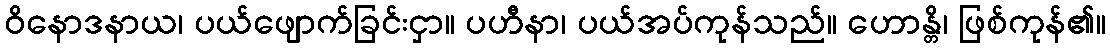
ဝိနောဒနာယ၊ ပယ်ဖျောက်ခြင်းငှာ။ ပဟီနာ၊ ပယ်အပ်ကုန်သည်။ ဟောန္တိ၊ ဖြစ်ကုန်၏။